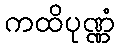
ကထိပုဏ္ဏံ